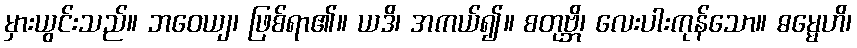
မှားယွင်းသည်။ ဘဝေယျ၊ ဖြစ်ရာ၏။ ယဒိ၊ အကယ်၍။ စတုဗ္ဘိ၊ လေးပါးကုန်သော။ ဓမ္မေဟိ၊